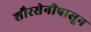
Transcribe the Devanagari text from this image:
शौरसेनीपासून